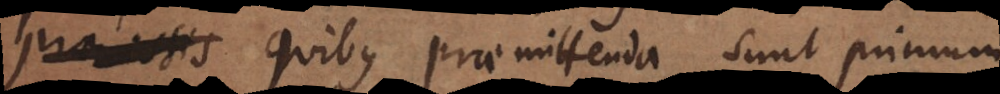
c., quibus praemittenda sunt primum